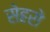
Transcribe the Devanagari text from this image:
सेहरो